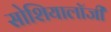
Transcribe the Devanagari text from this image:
सोशियालॉजी